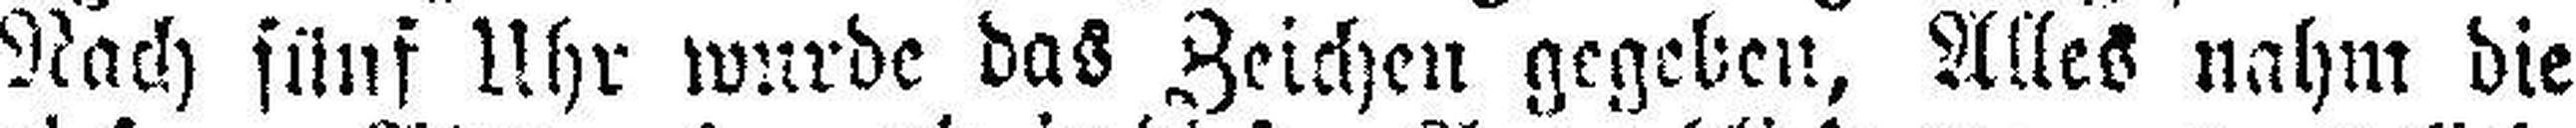
Nach fünf Uhr wurde das Zeichen gegeben, Alles nahm die